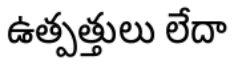
ఉత్పత్తులు లేదా